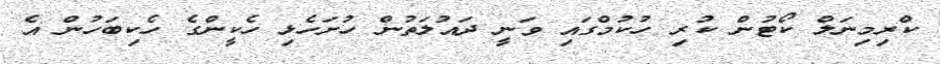
ކްރިމިނަލް ކޯޓުން ކުރި ހުކުމްގައި ވަނީ ދައުލަތުން ހުށަހެޅި ހެކީންގެ ހެކިބަހުން އެ